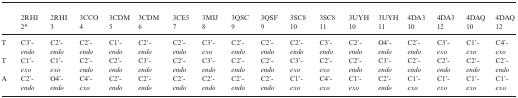
|  | 2RHI 2* | 2RHI 3 | 3CCO 4 | 3CDM 5 | 3CDM 6 | 3CE5 7 | 3MIJ 8 | 3QSC 9 | 3QSF 9 | 3SC8 10 | 3SC8 11 | 3UYH 10 | 3UYH 11 | 4DA3 10 | 4DA3 12 | 4DAQ 10 | 4DAQ 12 |
 | --- | --- | --- | --- | --- | --- | --- | --- | --- | --- | --- | --- | --- | --- | --- | --- | --- | --- |
 | T | C3’-endo | C2’-endo | C2’-endo | C1’-endo | C2’-endo | C2’-endo | C3’-exo | C2’-endo | C2’-endo | C2’-endo | C3’-endo | C2’-endo | O4’-endo | C2’-endo | C3’-exo | C1’-exo | C4’- exo |
 | T | C1’-exo | C1’-exo | C2’-endo | C2’-endo | C3’-endo | C2’-endo | C3’-endo | C2’-endo | C2’-endo | C3’-exo | C2’-exo | C2’-endo | C3’-endo | C2’-endo | C2’-endo | C2’-endo | C2’- endo |
 | A | C2’-endo | O4’-endo | C4’-exo | C2’-endo | C2’-endo | C2’-endo | C2’-endo | C2’-endo | C2’-endo | C1’-exo | C4’-exo | C1’-exo | C2’-endo | C1’-exo | C1’-exo | C1’-exo | C1’- exo |